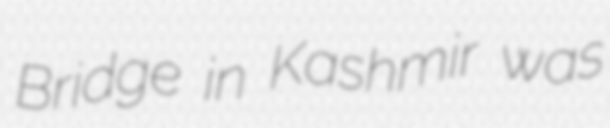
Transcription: Bridge in Kashmir was